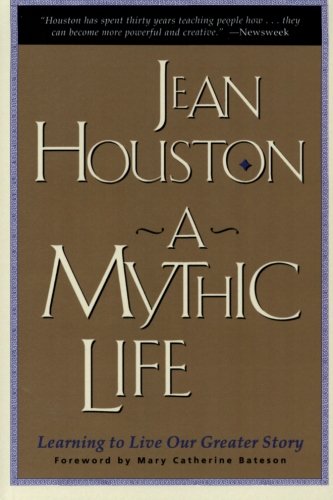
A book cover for A Mythic Life: Learning to Live our Greater Story; Jean Houston; Religion & Spirituality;